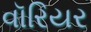
વૉરિયર